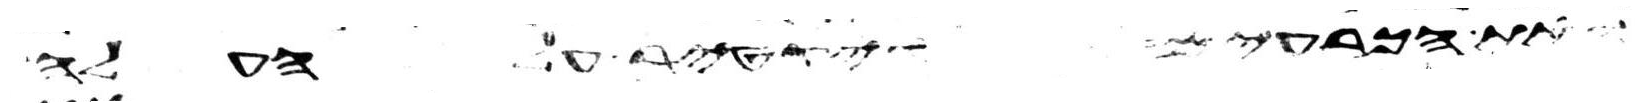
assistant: ואת הכרעים ויקטר על העלה